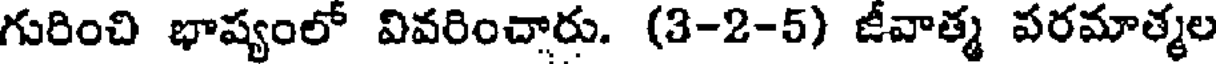
గురించి భాష్యంలో వివరించారు. (3-2-5) జీవాత్మ పరమాత్మల